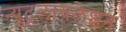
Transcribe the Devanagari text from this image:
न्युट्रलायलेशन